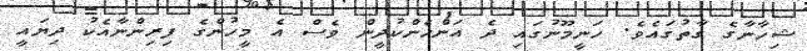
ޝިހާނާގެ ގާތުގައެވެ. ހަނީމޫނުގައި ދެ އަންހެންކުދީން ވެސް އެ މީހުންގެ ފިރިންނާއެކު ދިޔައީ